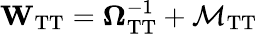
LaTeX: \mathbf{W}_{\mathrm{TT}}=\mathbf{\Omega}_{\mathrm{TT}}^{-1}+\mathbf{\mathcal{M}}_{\mathrm{TT}}